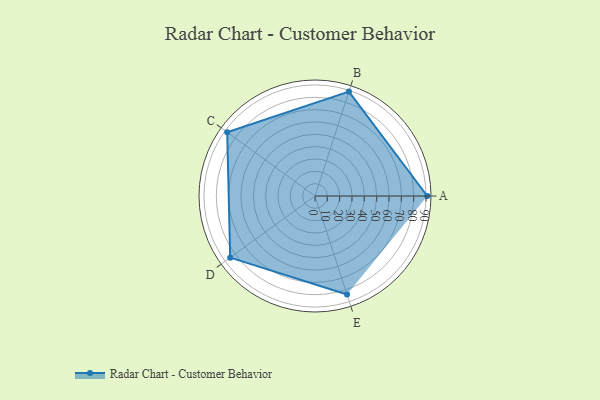
{"axis": {"x": "Skill", "y": "Score"}, "legend": ["Profile"], "data": [{"x": "A", "y": 91.0, "type": "Profile"}, {"x": "B", "y": 89.0, "type": "Profile"}, {"x": "C", "y": 88.0, "type": "Profile"}, {"x": "D", "y": 85.0, "type": "Profile"}, {"x": "E", "y": 84.0, "type": "Profile"}]}